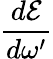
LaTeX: \frac{d\mathcal{E}}{d\omega^{\prime}}